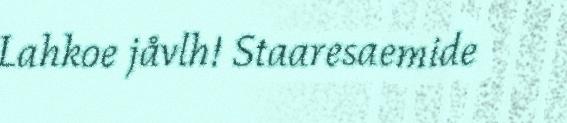
Lahkoe jåvlh! Staaresaemide